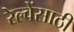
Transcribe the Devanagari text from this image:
रेल्वेंसाठी